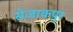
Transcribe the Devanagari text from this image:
सेजाकपुर